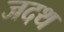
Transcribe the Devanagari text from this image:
जदथ